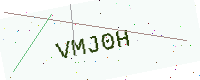
Text: VMJ0H